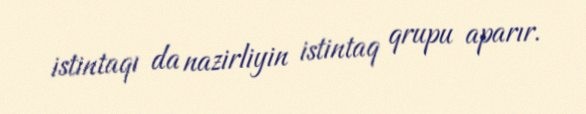
istintaqı da nazirliyin istintaq qrupu aparır.